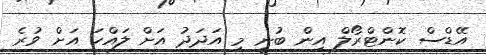
އޭޑްސް ކޮންޓްރޯލް އިން ބުނީ މި އަދަދު އަށް ލައްކަ އަށް ވުރެ